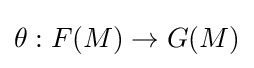
\theta :F(M)\to G(M)